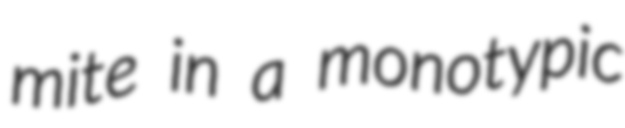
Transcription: mite in a monotypic